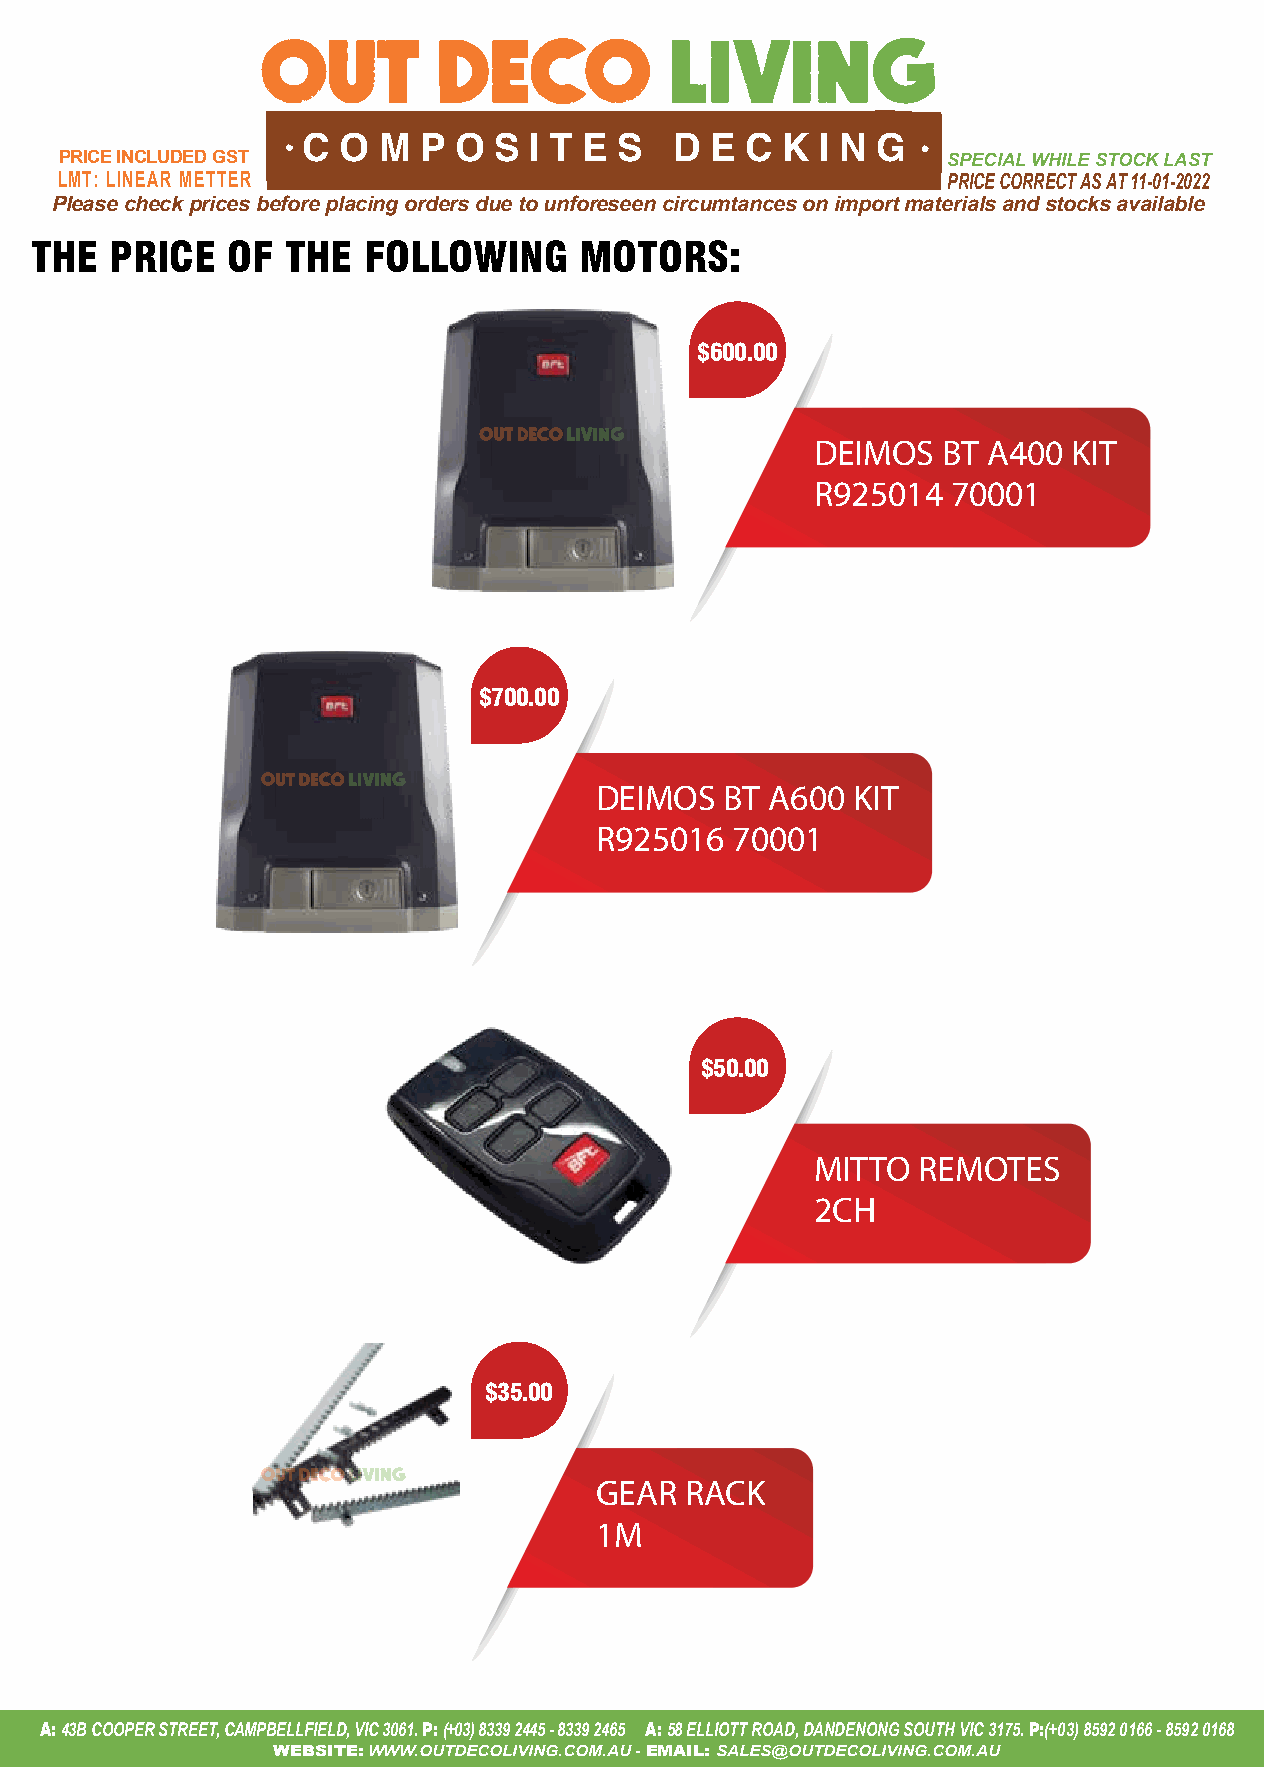
C O  M  P O  S I T E S   D E C  K I N G
 PRICE INCLUDED GST                                         SPECIAL WHILE STOCK LAST
 LMT: LINEAR METTER                                         PRICE CORRECT AS AT 11-01-2022
 Please check prices before placing orders due to unforeseen circumtances on import materials and stocks available
 THE  PRICE   OF  THE  FOLLOWING     MOTORS:
 $600.00
 DEIMOS  BT A400  KIT
 R925014  70001
 $700.00
 DEIMOS   BT A600 KIT
 R925016  70001
 $50.00
 MITTO  REMOTES
 2CH
 $35.00
 GEAR  RACK
 1M
 A: 43B COOPER STREET, CAMPBELLFIELD, VIC 3061. P: (+03) 8339 2445 - 8339 2465 A: 58 ELLIOTT ROAD, DANDENONG SOUTH VIC 3175. P:(+03) 8592 0166 - 8592 0168
 WEBSITE: WWW.OUTDECOLIVING.COM.AU - EMAIL: SALES@OUTDECOLIVING.COM.AU